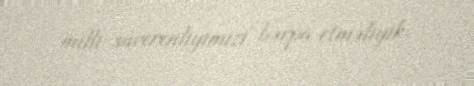
milli suverenliyimizi bərpa etməliyik.